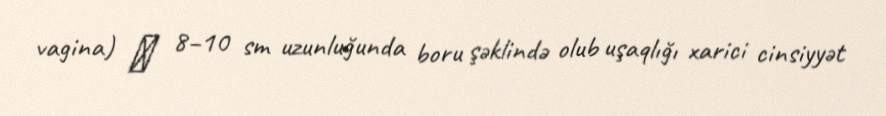
vagina) ― 8–10 sm uzunluğunda boru şəklində olub uşaqlığı xarici cinsiyyət